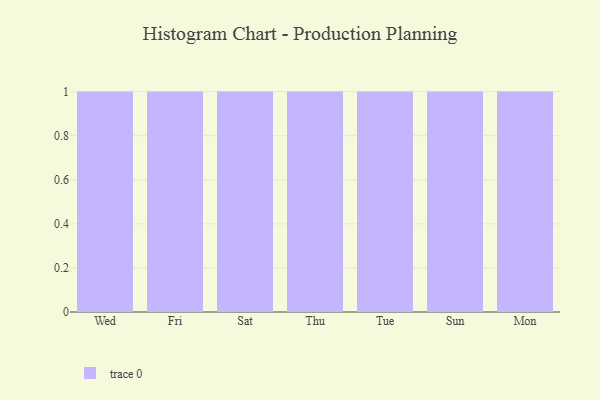
{"axis": {"x": "Day", "y": "Market Share (%)"}, "legend": [""], "data": [{"x": "Wed", "y": 38, "type": ""}, {"x": "Fri", "y": 78, "type": ""}, {"x": "Sat", "y": 12, "type": ""}, {"x": "Thu", "y": 18, "type": ""}, {"x": "Tue", "y": 48, "type": ""}, {"x": "Sun", "y": 63, "type": ""}, {"x": "Mon", "y": 58, "type": ""}]}